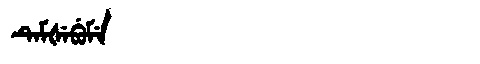
Manchu: ᡨᡝᠮᡧᡝᠪᡠᠮᡝ
Romanization: TEMŠEBUME